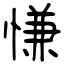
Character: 慊